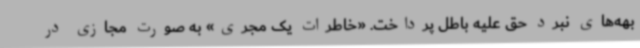
بهه‌های نبرد حق علیه باطل پرداخت. «خاطرات یک مجری» به صورت مجازی در